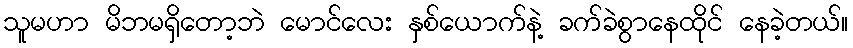
သူမဟာ မိဘမရှိတော့ဘဲ မောင်လေး နှစ်ယောက်နဲ့ ခက်ခဲစွာနေထိုင် နေခဲ့တယ်။